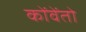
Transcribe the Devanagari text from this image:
कोंवेंतो